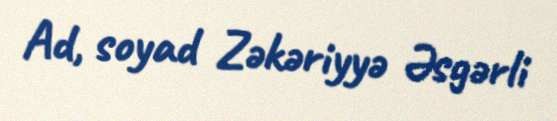
Ad, soyad Zəkəriyyə Əsgərli